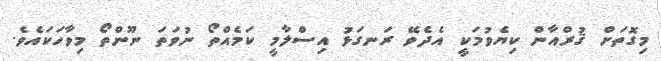
މިގޮތަށް ޤުރްއާން ކިޔެވުމަކީ އެދެވޭ ރަނގަޅު އިސްލާމީ ކަމެއްތޯ ނުވަތަ ނޫންތޯ މިވާހަކައެވެ.